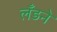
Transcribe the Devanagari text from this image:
लँडने